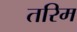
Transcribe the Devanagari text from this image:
तरिम